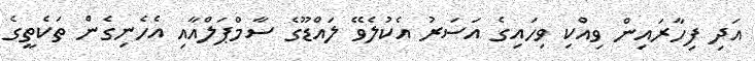
އަދި ފިހާރައިން ވިއްކި ވިހައިގެ އަސަރު އެކުލެވޭ ލައްޑޫގެ ސާމްޕަލްއާއި އެހެނިގެން ތަކެތީގެ